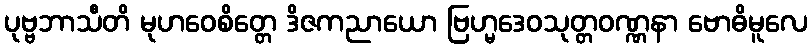
ပုဗ္ဗဘာသီတိ မုဟဝေစိတ္တေ ဒိဇကညာယော ဗြဟ္မဒေဝသုတ္တဝဏ္ဏနာ ဗောဓိမူလေ